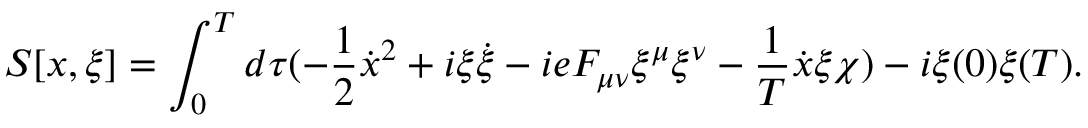
S [ x , \xi ] = \int _ { 0 } ^ { T } d \tau ( - \frac { 1 } { 2 } \dot { x } ^ { 2 } + i \xi \dot { \xi } - i e F _ { \mu \nu } \xi ^ { \mu } \xi ^ { \nu } - \frac { 1 } { T } \dot { x } \xi \chi ) - i \xi ( 0 ) \xi ( T ) .